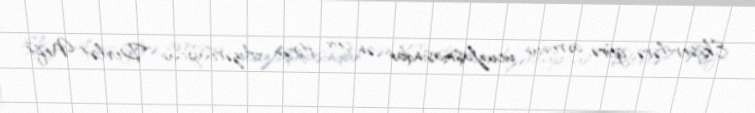
Ekspertlərə görə, avronun ucuzlaşmasından ən çox itirən Azərbaycan Dövlət Neft